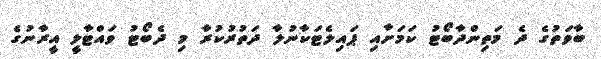
ބާވަތުގެ ދެ މަތިންދާބޯޓު ކަމަށާއި ޕައިލެޓަކާނުލާ ދަތުރުކުރާ މި ދެބޯޓު ވައްޓާލީ އީރާނުގެ